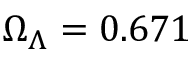
\Omega _ { \Lambda } = 0 . 6 7 1